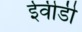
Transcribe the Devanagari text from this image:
ईवीडी